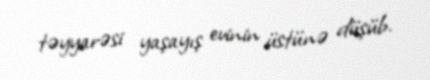
təyyarəsi yaşayış evinin üstünə düşüb.